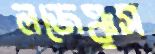
লজেঞ্চুস